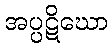
အပ္ပဋိဃော